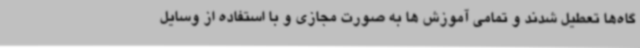
گاه‌ها تعطیل شدند و تمامی آموزش ها به صورت مجازی و با استفاده از وسایل